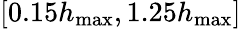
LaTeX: [0.15h_{\mathrm{max}},1.25h_{\mathrm{max}}]